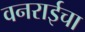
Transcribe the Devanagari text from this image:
वनराईचा